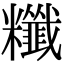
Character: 䊱